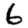
Digit: 6